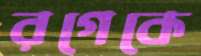
রগেকে